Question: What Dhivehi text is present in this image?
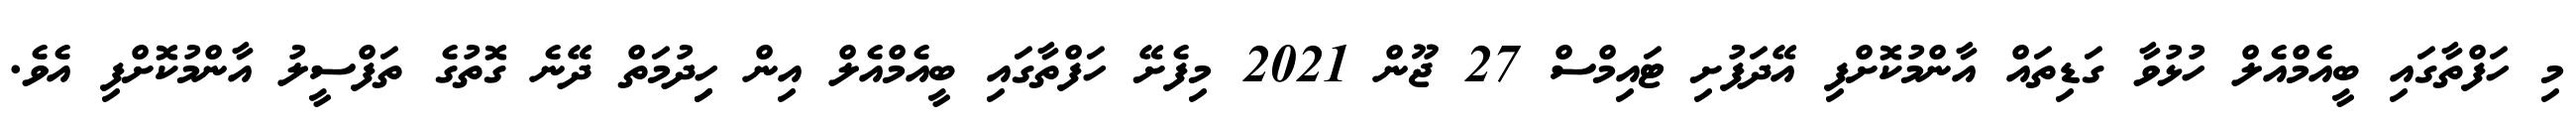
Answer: މި ހަފްތާގައި ބީއެމްއެލް ހުޅުވާ ގަޑިތައް އާންމުކޮށްފި އޭދަފުށި ޓައިމްސް 27 ޖޫން 2021 މިފެށޭ ހަފްތާގައި ބީއެމްއެލް އިން ހިިދުމަތް ދޭނެ ގޮތުގެ ތަފްސީލު އާންމުކޮށްފި އެވެ.